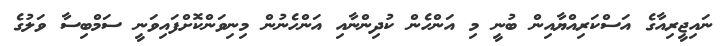
ނައިޖީރިއާގެ އަސްކަރިއްޔާއިން ބުނީ މި އަންހެން ކުދިންނާއި އަންހެނުން މިނިވަންކޮށްފައިވަނީ ސަމްބިސާ ވަލުގެ